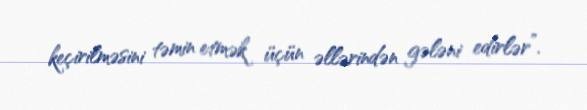
keçirilməsini təmin etmək üçün əllərindən gələni edirlər”.